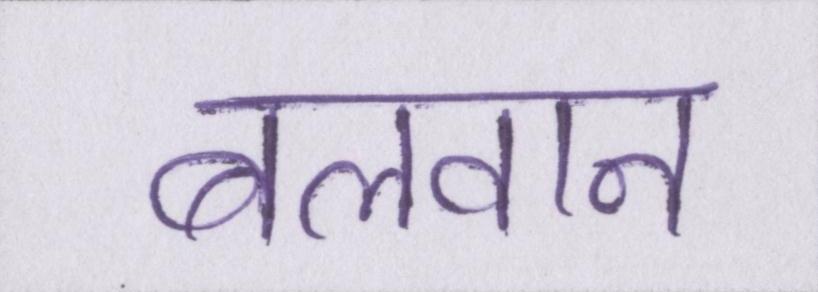
बलवान